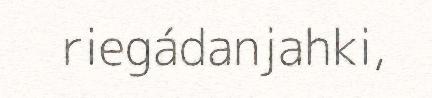
riegádanjahki,